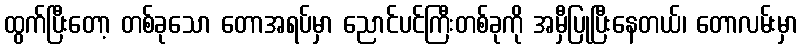
ထွက်ပြီးတော့ တစ်ခုသော တောအရပ်မှာ ညောင်ပင်ကြီးတစ်ခုကို အမှီပြုပြီးနေတယ်၊ တောလမ်းမှာ